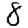
Digit: 8